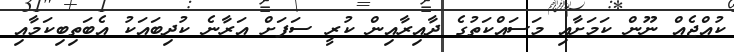
ކުއްޖެއް ނޫން ކަމަށާއި މަސައްކަތުގެ ދާއިރާއިން ކުރީ ސަފަށް އަރާނެ ކުދިބައަކު އެބަތިބިކަމާއި